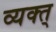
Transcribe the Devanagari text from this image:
व्यक्त्